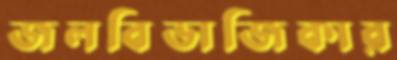
জলবিভাজিকার